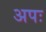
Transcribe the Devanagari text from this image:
अपः